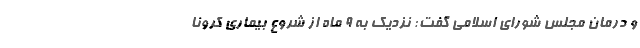
و درمان مجلس شورای اسلامی گفت: نزدیک به ۹ ماه از شروع بیماری کرونا